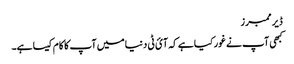
ڈیر ممبرز
کبھی آپ نے غور کیا ہے کہ آئ ٹی دنیا میں آپ کا کام کیسا ہے۔